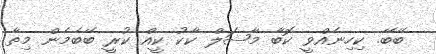
ބޭބޭ. ކިހިނެއްވީ ކޮބާ މާޝަލް ކާކު ކީއް ކުރީ ބޭބެމެން މިތާ